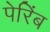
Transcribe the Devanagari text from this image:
पेरिंब